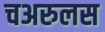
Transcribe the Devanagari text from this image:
चअरुलस